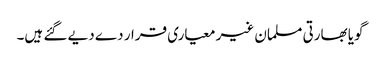
گویا بھارتی مسلمان غیر معیاری قرار دے دیے گئے ہیں۔